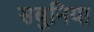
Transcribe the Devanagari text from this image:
सबुनिया